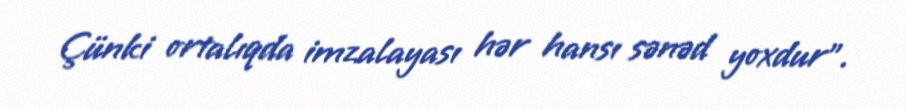
Çünki ortalıqda imzalayası hər hansı sənəd yoxdur”.